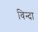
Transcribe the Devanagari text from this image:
विन्दा